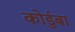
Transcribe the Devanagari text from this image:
कोर्डुबा